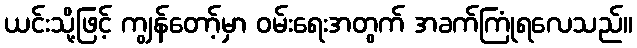
ယင်းသို့ဖြင့် ကျွန်တော့်မှာ ဝမ်းရေးအတွက် အခက်ကြုံရလေသည်။